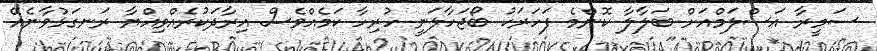
ސަމީރާ އަސްލަމްއަށް ބަލާލާ ކޮންމެ ފަހަރަކު ބޯޖަހާލަނީ ހުރިހާ ކަމެއްވެސް އިރާދަކުރެއްވިއްޔާ ރަނގަޅުވާނެއޭ